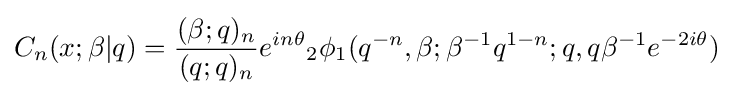
C_{n}(x;\beta |q)={\frac {(\beta ;q)_{n}}{(q;q)_{n}}}e^{in\theta }{}_{2}\phi _{1}(q^{-n},\beta ;\beta ^{-1}q^{1-n};q,q\beta ^{-1}e^{-2i\theta })